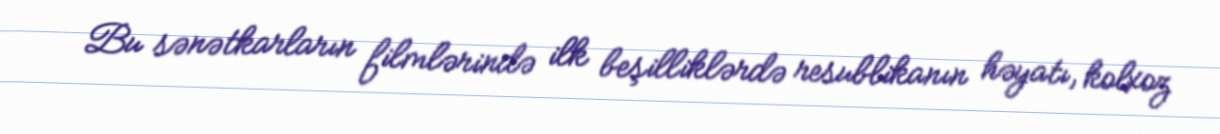
Bu sənətkarların filmlərində ilk beşilliklərdə resublikanın həyatı, kolxoz